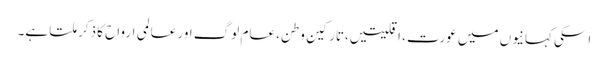
اسکی کہانیوں میں عورت، اقلیتیں،تارکینِ وطن، عام لوگ اور عالمی ارواح کا ذکر ملتا ہے۔